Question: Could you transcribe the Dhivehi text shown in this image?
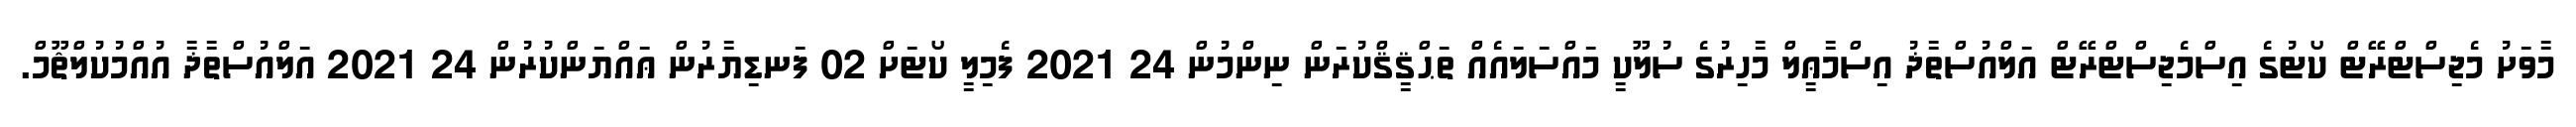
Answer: މާވަށު މެޖިސްޓްރޭޓް ކޯޓުގެ އިސްމެޖިސްޓްރޭޓް އަލްއުސްތާޛު އިސްމާޢީލް މާހިރުގެ ސުލޫކީ މައްސަލައެއް ތަޙްޤީޤްކުރަން ނިންމުން 24 2021 ފެމިލީ ކޯޓަށް 02 ފަނޑިޔާރުން ޢައްޔަންކުރުން 24 2021 އަލްއުސްތާޛާ އުއްމުކުލްޘޫމް.